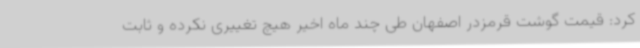
کرد: قیمت گوشت قرمزدر اصفهان طی چند ماه اخیر هیچ تغییری نکرده و ثابت